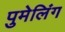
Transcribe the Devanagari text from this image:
पुमेलिंग